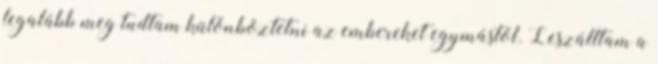
legalább meg tudtam különböztetni az embereket egymástól. Leszálltam a